Document type: Sale
Year: 1461
Scribe: [Unknown]
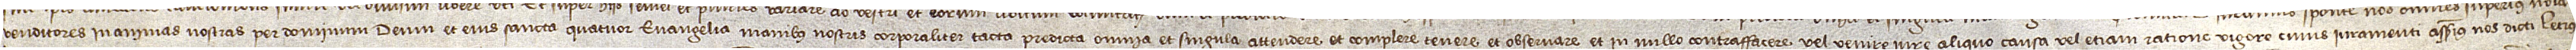
venditores in aminas nostras per Dominum Deum et eius sancta quatuor Evangelia, manibus nostris corporaliter tacta, predicta omnia et singula attendere et complere, tenere et observare et in nullo contraffacere vel venire iure aliquo, causa vel etiam ratione. Vigore cuius iuramenti asserimus nos dicti Petrus